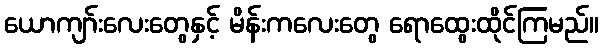
ယောကျာ်းလေးတွေနှင့် မိန်းကလေးတွေ ရောထွေးထိုင်ကြမည်။